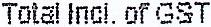
TOTAL INCL. OF GST